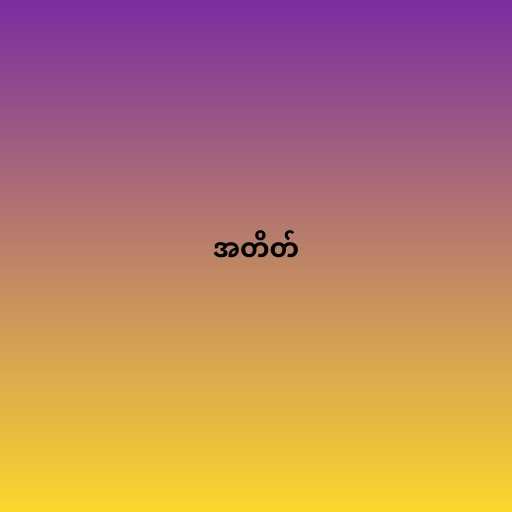
အတိတ်